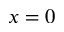
x = 0